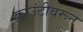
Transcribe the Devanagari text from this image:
काउंटीवरून